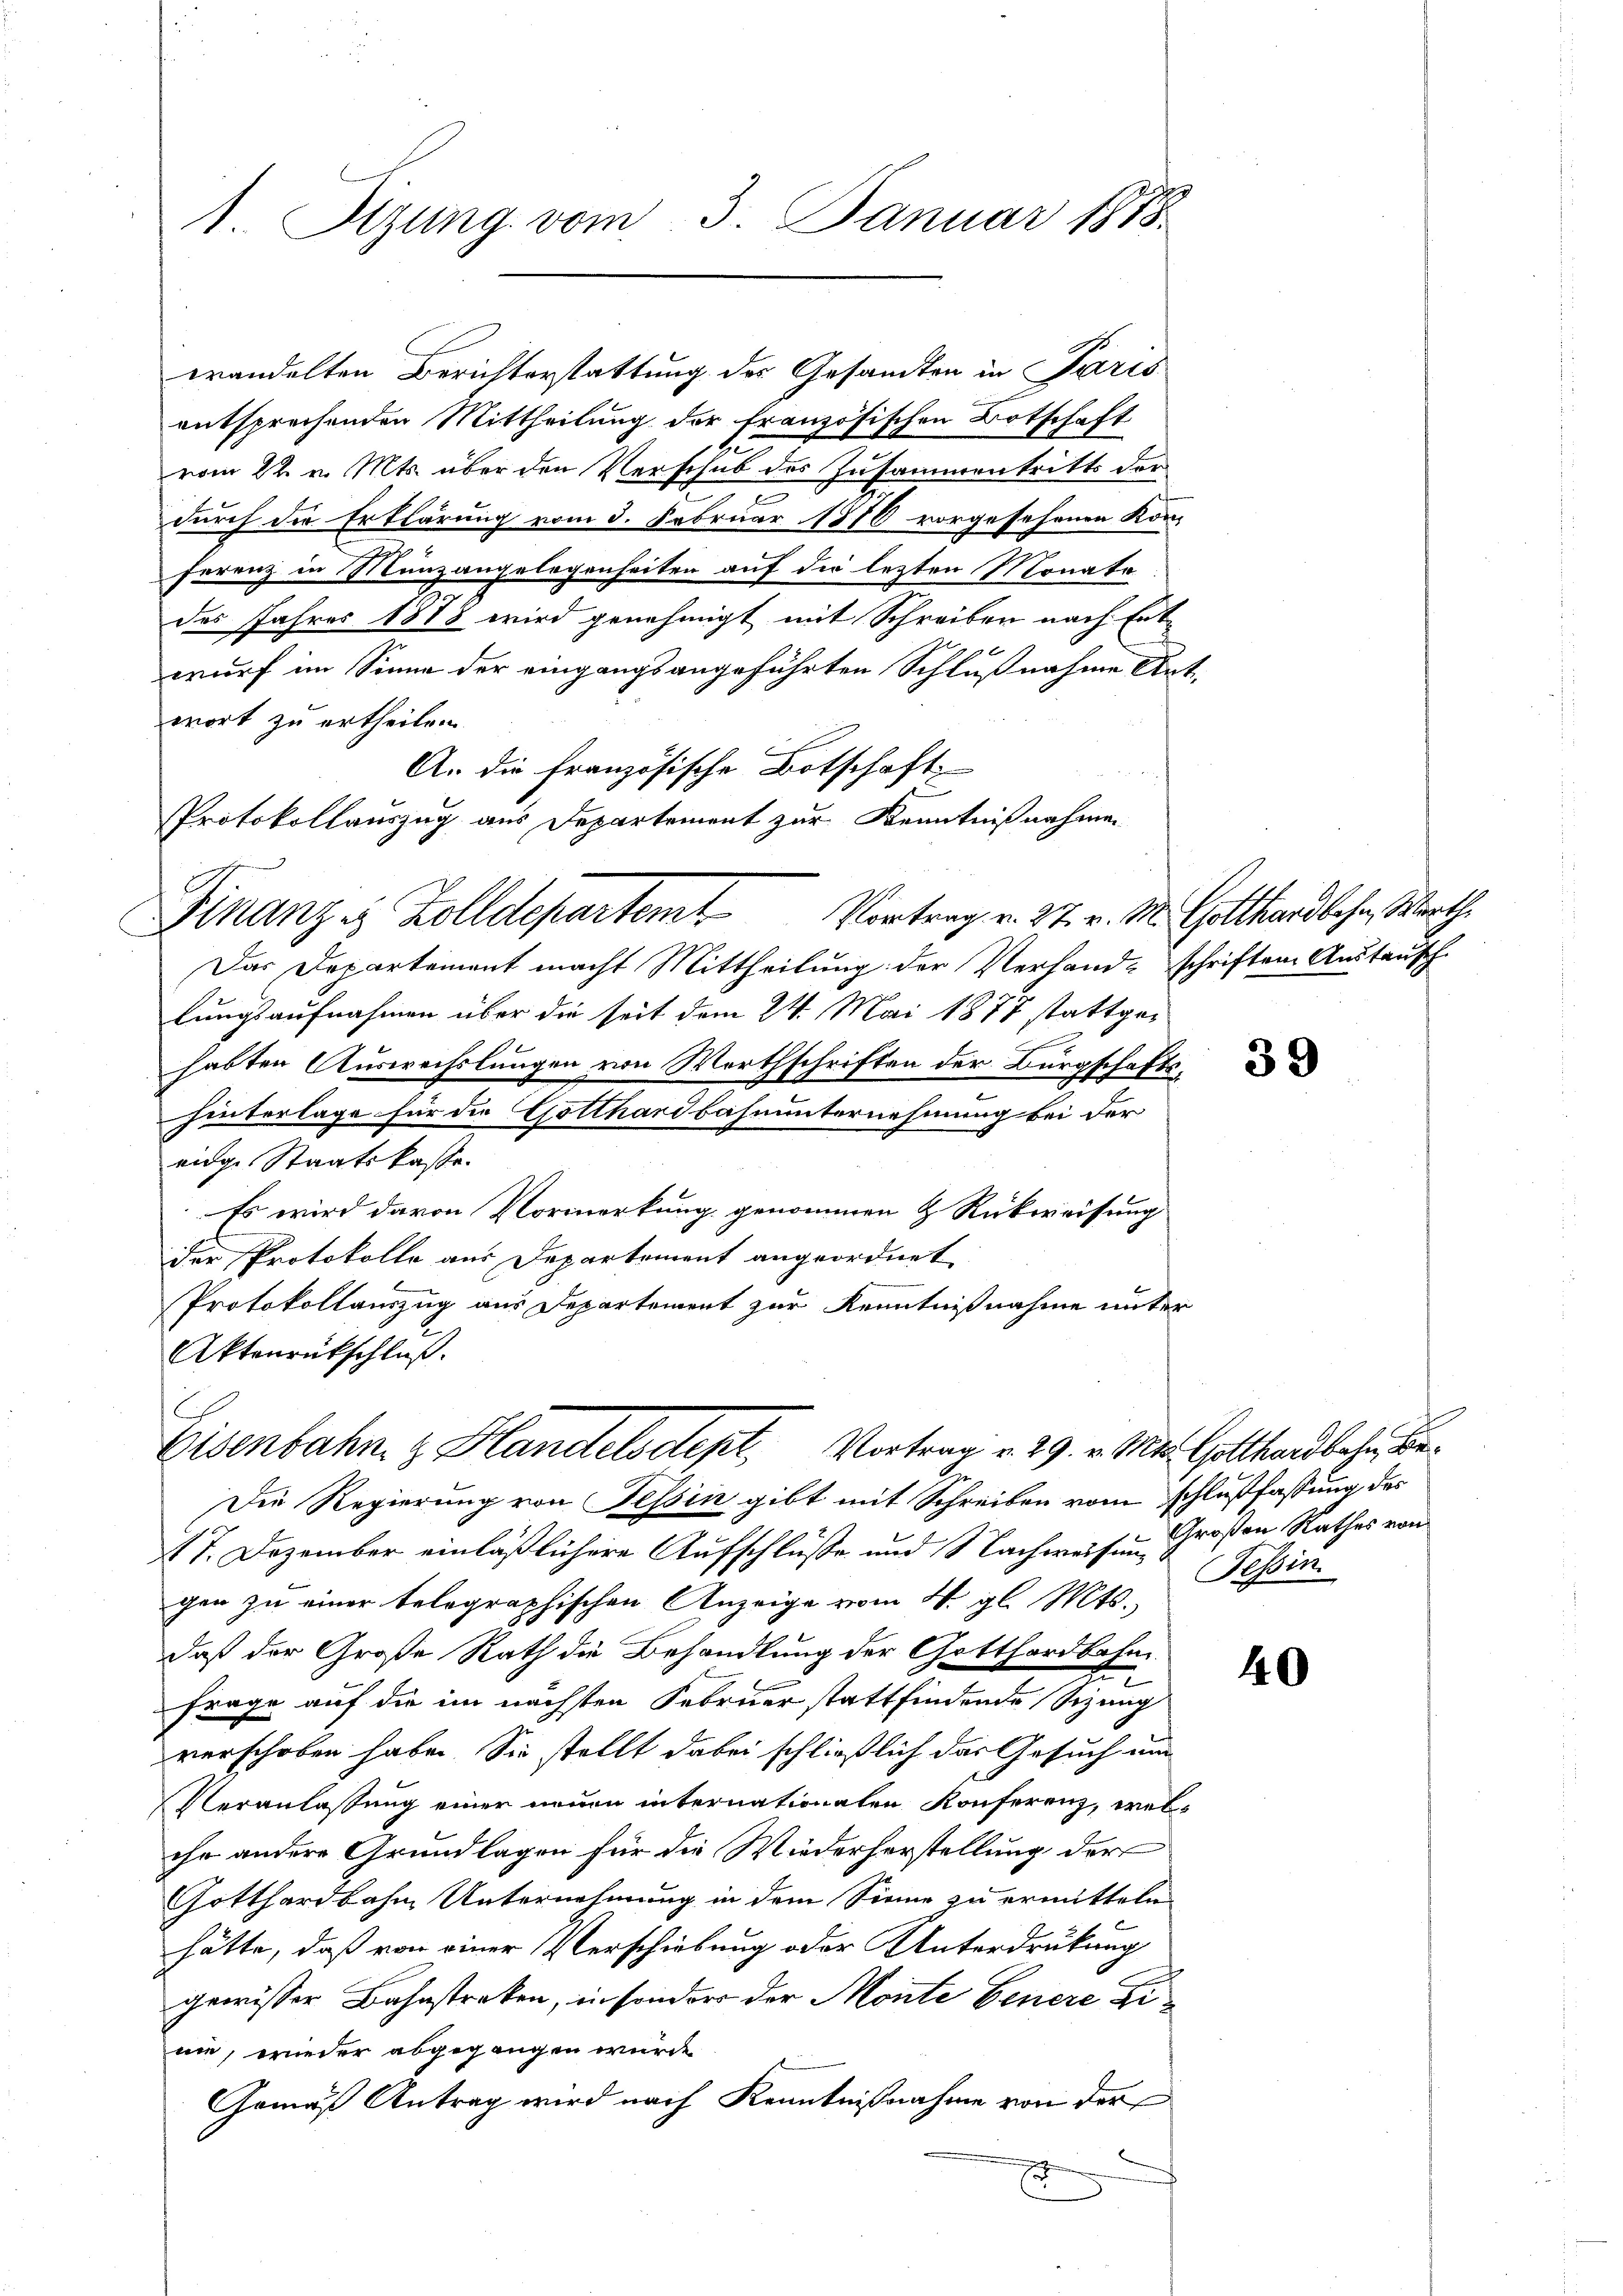
1. Sizung vom 3. Januar 1888.

wandelten Berichterstattung der Gesandten in Paris
entsprechenden Mittheilung der französischen Botschaft
vom 22. v. Mts. über den Verschub des Zusammentritts der
e
durch die Erklärung vom 3. Februar 1870 vorgesehenen Kon-
Ferenz in Münzangelegenheiten auf die lezten Monate
des Jahres 1878 wird genehmigt mit Schreiben nach Entx
wurf im Sinne der eingangsangeführten Schlußnahme Antwort zu ertheilen.
A. die französische Botschaft
Protokollauszug aus Departement zur Kenntnißnahmen

Finanzes Zolldepartem Vortrag v. 27. v. M. Gotthardbahn, Marthe

Das Departement macht Mittheilung der Verhand- schriften Austausch
lungsaufnahmen über die seit dem 24. Mai 1878 stattgehabten Auswechslungen von Werthschriften der Bürgschaftshinterlage für die Gotthardbahnunternehmung bei der
eidge Staatskasse
Es wird davon Vormerkung genommen & Rückweisung
der Protokolle aus Departement angeordnet
Protokollauszug aus Departement zur Kenntnißnahme unter
Aktenrückschluß.

E
Eisenbahn z. Handelsdept, Vortrag v. 29. v. Mit Gotthardbahn, Be¬

Die Regierung von Tessin gibt mit Schreiben vom schlußfassung des
17. Dezember einläßlichere Aufschlüße und Nachweisen Großen Rathes von
gen zu einer telegraphischen Anzeige vom 4. gl. Mts.
daß der Große Rath die Behandlung der Gotthardbahn¬
Frage auf die im nächsten Februar stattfindende Sizung
verschoben habe. Sie stellt dabei schließlich das Gesuch um
Veranlassung einer neuen internationalen Konferenz, welihr andere Grundlagen für die Wiederherstellung der
Gotthardbahn Unternehmung in dem Sinne zu ermitteln
hätte, daß von einer Verschiebung oder Unterdrückung
gewisser Bahnstreken, in sonders der Monte Genere Dinie, wieder abgegangen wurde
Gemäß Antrag wird nach Kenntnißnahme von der

39

Tessin

40